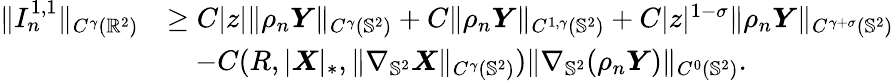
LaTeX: \begin{array}{rl}{\| I_{n}^{1,1}\| _{C^{\gamma}(\mathbb{R}^{2})}}&{\geq C|z|\| \rho_{n}\boldsymbol{Y}\| _{C^{\gamma}(\mathbb{S}^{2})}+C\| \rho_{n}\boldsymbol{Y}\| _{C^{1,\gamma}(\mathbb{S}^{2})}+C|z|^{1-\sigma}\| \rho_{n}\boldsymbol{Y}\| _{C^{\gamma+\sigma}(\mathbb{S}^{2})}}\\ &{\quad-C(R,|\boldsymbol{X}|_{*},\| \nabla_{\mathbb{S}^{2}}\boldsymbol{X}\| _{C^{\gamma}({\mathbb{S}^{2}})})\| \nabla_{\mathbb{S}^{2}}(\rho_{n}\boldsymbol{Y})\| _{C^{0}(\mathbb{S}^{2})}.}\end{array}